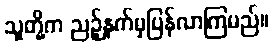
သူတို့က ညဉ့်နက်မှပြန်လာကြမည်။